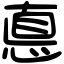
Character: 悳